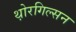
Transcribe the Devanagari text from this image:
थ़ोरगिल्सन